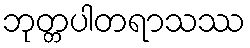
ဘုတ္တပါတရာသဿ